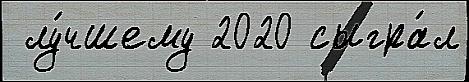
 лу́чшему 2020 сыгра́л